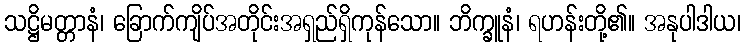
သဋ္ဌိမတ္တာနံ၊ ခြောက်ကျိပ်အတိုင်းအရှည်ရှိကုန်သော။ ဘိက္ခူနံ၊ ရဟန်းတို့၏။ အနုပါဒါယ၊